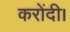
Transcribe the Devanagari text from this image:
करोंदी।